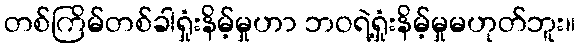
တစ်ကြိမ်တစ်ခါရှုံးနိမ့်မှုဟာ ဘဝရဲ့ရှုံးနိမ့်မှုမဟုတ်ဘူး။